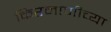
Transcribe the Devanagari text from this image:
किरमाणीच्या